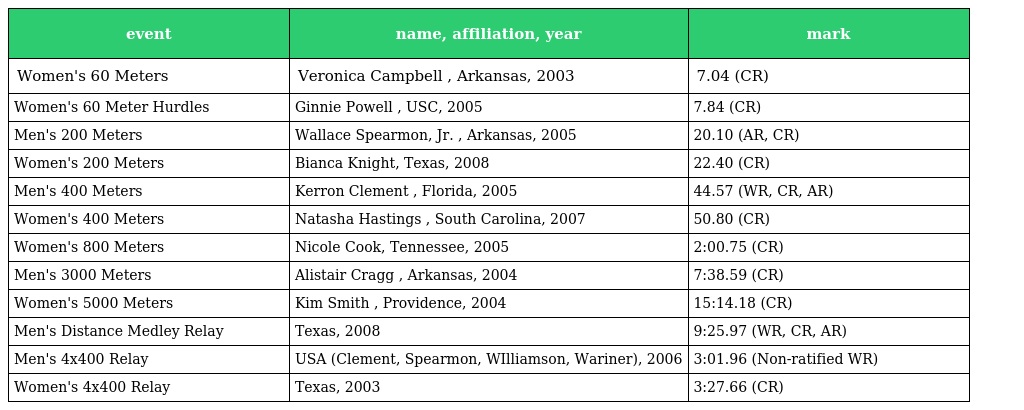
| event | name, affiliation, year | mark |
 | --- | --- | --- |
 | Women's 60 Meters | Veronica Campbell , Arkansas, 2003 | 7.04 (CR) |
 | Women's 60 Meter Hurdles | Ginnie Powell , USC, 2005 | 7.84 (CR) |
 | Men's 200 Meters | Wallace Spearmon, Jr. , Arkansas, 2005 | 20.10 (AR, CR) |
 | Women's 200 Meters | Bianca Knight, Texas, 2008 | 22.40 (CR) |
 | Men's 400 Meters | Kerron Clement , Florida, 2005 | 44.57 (WR, CR, AR) |
 | Women's 400 Meters | Natasha Hastings , South Carolina, 2007 | 50.80 (CR) |
 | Women's 800 Meters | Nicole Cook, Tennessee, 2005 | 2:00.75 (CR) |
 | Men's 3000 Meters | Alistair Cragg , Arkansas, 2004 | 7:38.59 (CR) |
 | Women's 5000 Meters | Kim Smith , Providence, 2004 | 15:14.18 (CR) |
 | Men's Distance Medley Relay | Texas, 2008 | 9:25.97 (WR, CR, AR) |
 | Men's 4x400 Relay | USA (Clement, Spearmon, WIlliamson, Wariner), 2006 | 3:01.96 (Non-ratified WR) |
 | Women's 4x400 Relay | Texas, 2003 | 3:27.66 (CR) |